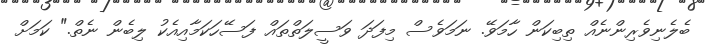
ބެލެނިވެރިންނެއް ތިބިކަން ހާމަވޭ. ނަމަވެސް މިފަދަ ވަސީލަތްތައް ފަސޭހަކަމާއިއެކު ލިބެން ނެތް." ކަމަށް